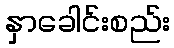
နှာခေါင်းစည်း